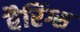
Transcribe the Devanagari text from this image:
बैरिंग्स